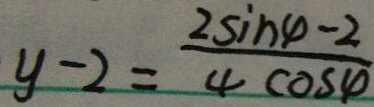
y - 2 = \frac { 2 \sin \varphi - 2 } { 4 \cos \varphi }